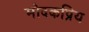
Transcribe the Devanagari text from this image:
मोदकप्रिय